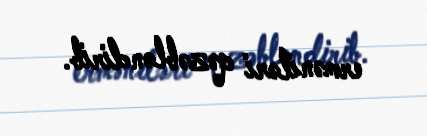
erməniləri qəzəbləndirib.